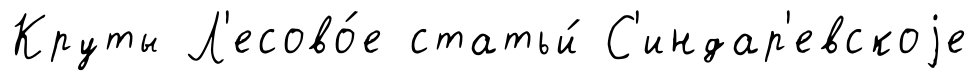
Круты Л'есово́е статьи́ С'индар'евскоjе